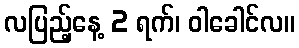
လပြည့်နေ့ 2 ရက်၊ ဝါခေါင်လ။